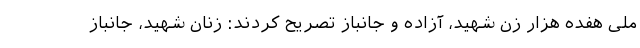
ملی هفده هزار زن شهید، آزاده و جانباز تصریح کردند: زنان شهید، جانباز